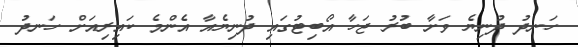
ހަނދު ދުނިޔެ ވަށާ ބުރު ޖަހާ އޯބިޓުގައި ދުނިޔެއާ އެންމެ ކައިރިއަށް ހަނދު